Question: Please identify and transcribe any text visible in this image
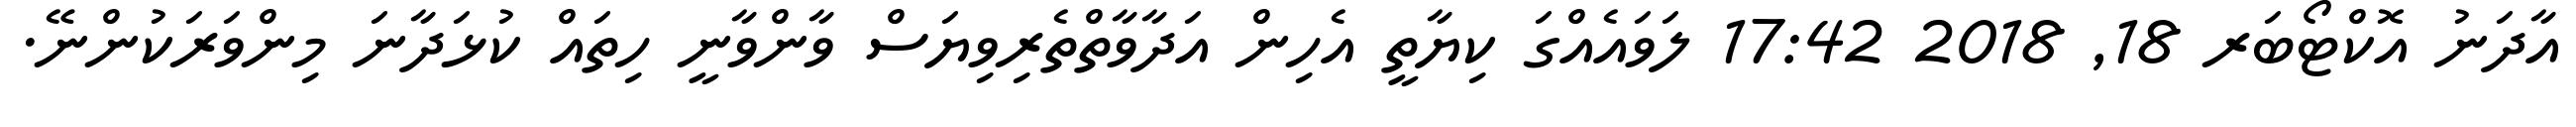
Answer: އާދަނު އޮކްޓޯބަރ 18, 2018 17:42 ލަވައެއްގަ ކިޔާތީ އެހިން އަދާވާތްތެރިވިޔަސް ވާންވާނީ ހިތައް ކުޅަދާނަ މިންވަރަކުންނޭ.